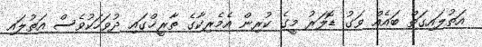
އަތުލައިގަތް ބައެއް ވަގު ޑޮލަރު މީގެ ކުރިން އެމެރިކާގެ ތާރީޚްގައި ދުވަހަކުވެސް އަތުލައި